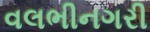
વલભીનગરી